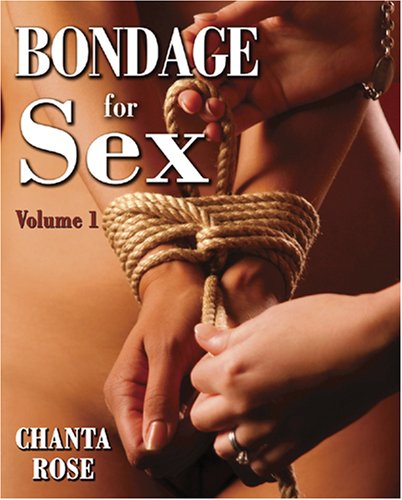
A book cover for Bondage For Sex; Chanta Rose; Arts & Photography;